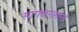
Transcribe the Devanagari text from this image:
सागवानासारखे